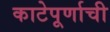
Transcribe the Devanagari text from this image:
काटेपूर्णाची